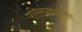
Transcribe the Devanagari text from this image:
परिसंस्थापैकी